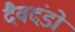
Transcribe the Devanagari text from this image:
दैवदंडों